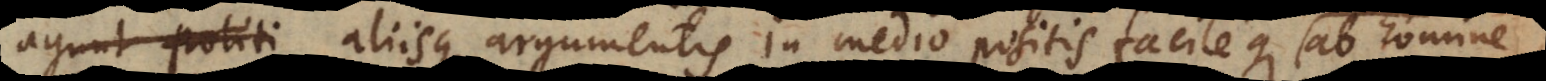
agunt politi aliisque argumentis in medio positis facileque ab homine